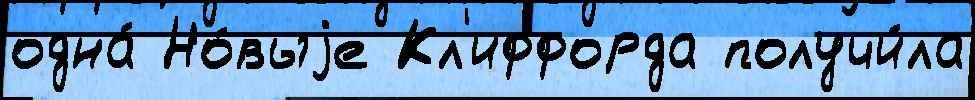
одна́ Но́выjе Кл'иффорда получи́ла